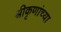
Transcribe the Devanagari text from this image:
श्रीकृणांच्या